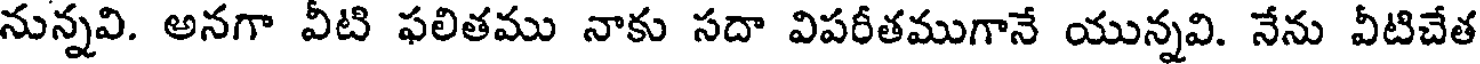
నున్నవి. అనగా వీటి ఫలితము నాకు సదా విపరీతముగానే యున్నవి. నేను వీటిచేత